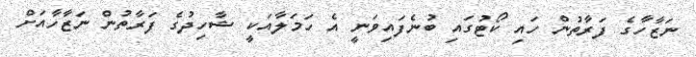
ނަޒާހާގެ ފަރާތުން ހައި ކޯޓުގައި ބުނެފައިވަނީ އެ ހަމަލާއަކީ ޝާހިދުގެ ފަރާތުން ނަޒާހާއަށް